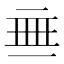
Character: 𬻜